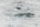
محفوظة